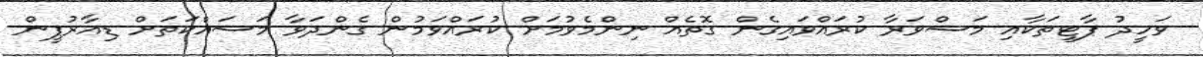
ވަހީދު ޕާޓީތަކާއި މަޝްވަރާ ކުރައްވައިގެން ގޮތެއް ނިންމެވުމަށް ކުރައްވަމުން ގެންދަވާ މަސައްކަތަށް ޑިއާރުޕީން